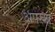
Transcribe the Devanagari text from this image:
अपस्थ